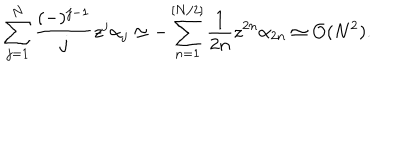
\sum _ { j = 1 } ^ { N } \frac { ( - ) ^ { j - 1 } } { j } z ^ { j } \alpha _ { j } \simeq - \sum _ { n = 1 } ^ { [ N / 2 ] } \frac { 1 } { 2 n } z ^ { 2 n } \alpha _ { 2 n } \simeq { \cal O } ( N ^ { 2 } ) .